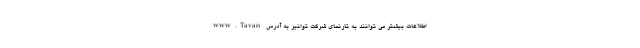
اطلاعات بیشتر می­ توانند به تارنمای شرکت توانیر به آدرس www.Tavan